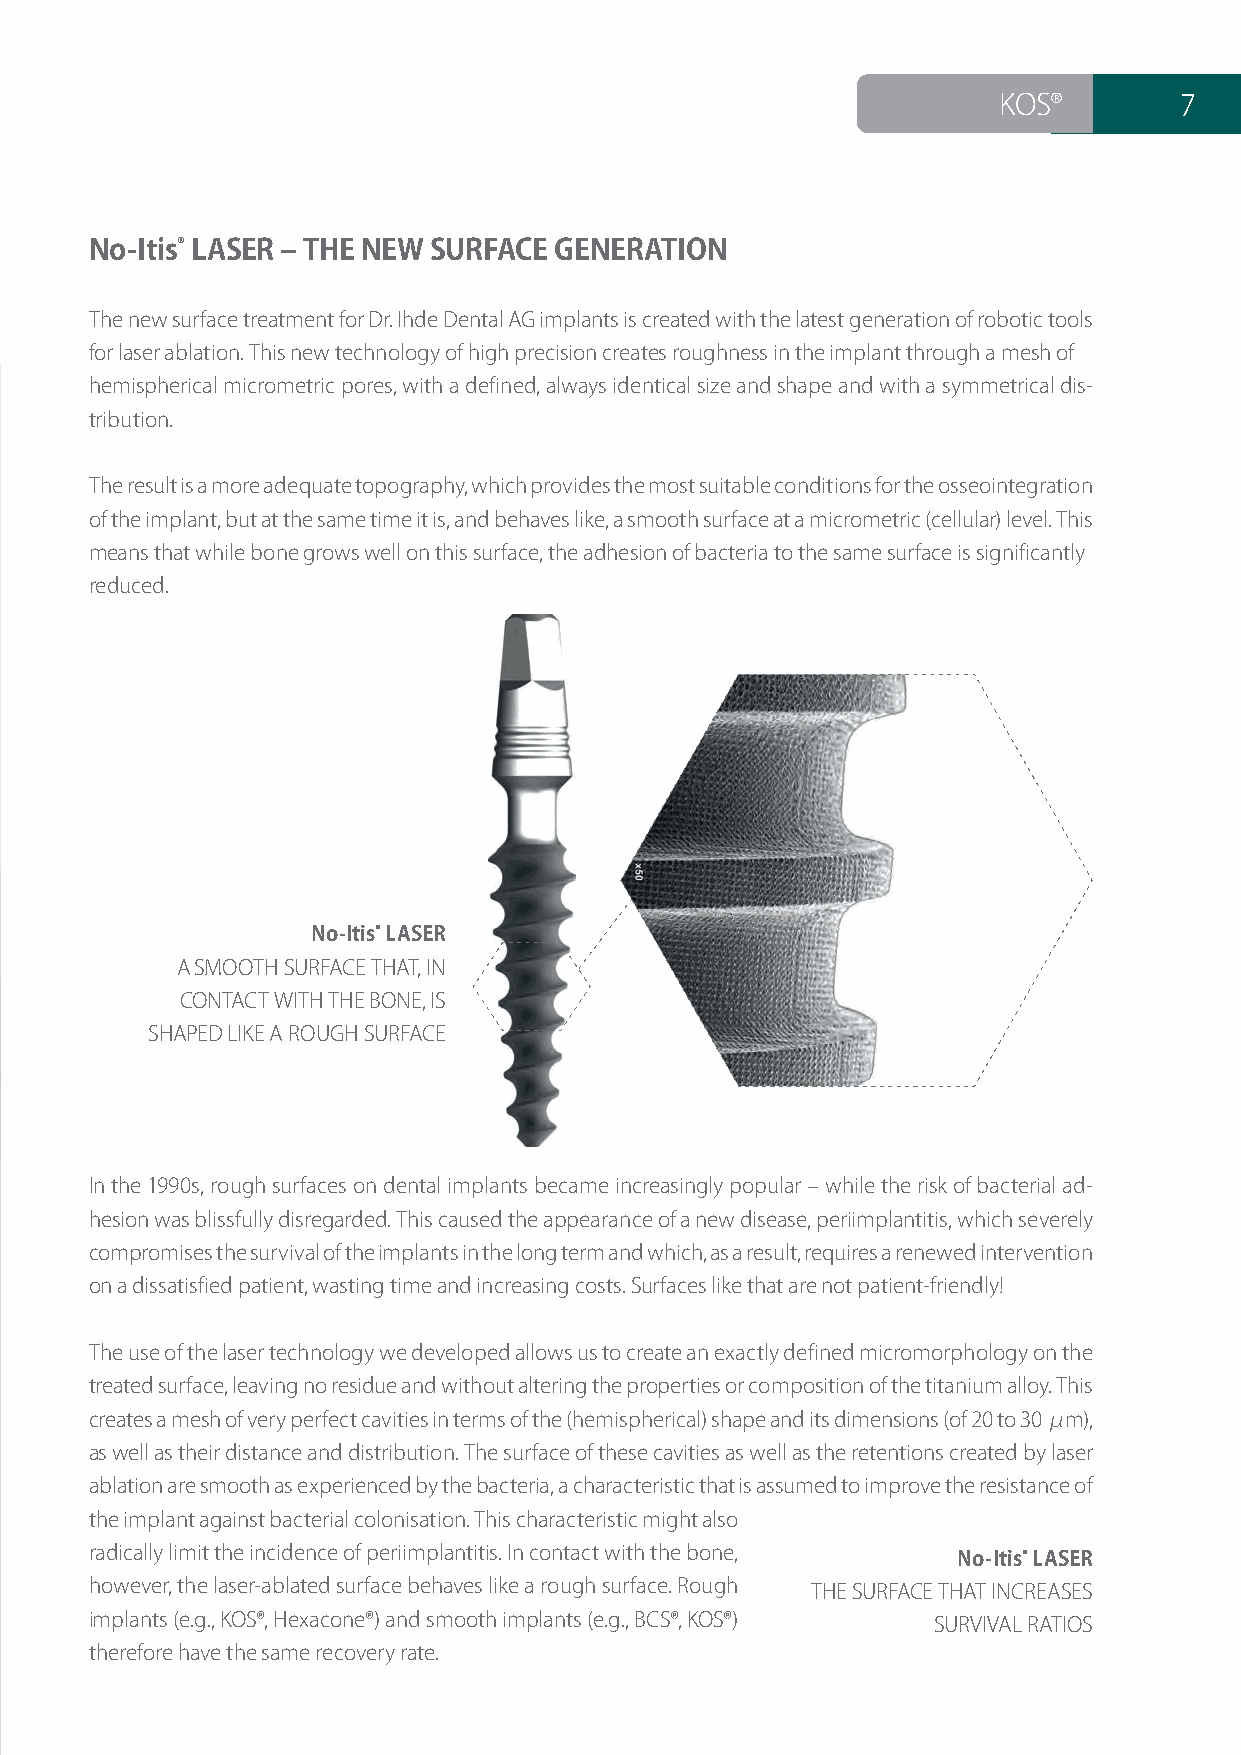
KOS®        7
 No-Itis® LASER ‒ THE NEW SURFACE GENERATION
 The new surface treatment for Dr. Ihde Dental AG implants is created with the latest generation of robotic tools
 for laser ablation. This new technology of high precision creates roughness in the implant through a mesh of
 hemispherical micrometric pores, with a defined, always identical size and shape and with a symmetrical dis-
 tribution.
 The result is a more adequate topography, which provides the most suitable conditions for the osseointegration
 of the implant, but at the same time it is, and behaves like, a smooth surface at a micrometric (cellular) level. This
 means that while bone grows well on this surface, the adhesion of bacteria to the same surface is significantly
 reduced.
 No-Itis® LASER
 A SMOOTH SURFACE THAT, IN
 CONTACT WITH THE BONE, IS
 SHAPED LIKE A ROUGH SURFACE
 In the 1990s, rough surfaces on dental implants became increasingly popular ‒ while the risk of bacterial ad-
 hesion was blissfully disregarded. This caused the appearance of a new disease, periimplantitis, which severely
 compromises the survival of the implants in the long term and which, as a result, requires a renewed intervention
 on a dissatisfied patient, wasting time and increasing costs. Surfaces like that are not patient-friendly!
 The use of the laser technology we developed allows us to create an exactly defined micromorphology on the
 treated surface, leaving no residue and without altering the properties or composition of the titanium alloy. This
 creates a mesh of very perfect cavities in terms of the (hemispherical) shape and its dimensions (of 20 to 30 μm),
 as well as their distance and distribution. The surface of these cavities as well as the retentions created by laser
 ablation are smooth as experienced by the bacteria, a characteristic that is assumed to improve the resistance of
 the implant against bacterial colonisation. This characteristic might also
 radically limit the incidence of periimplantitis. In contact with the bone, No-Itis® LASER
 however, the laser-ablated surface behaves like a rough surface. Rough THE SURFACE THAT INCREASES
 implants (e.g., KOS®, Hexacone®) and smooth implants (e.g., BCS®, KOS®) SURVIVAL RATIOS
 therefore have the same recovery rate.